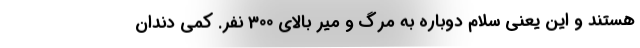
هستند و این یعنی سلام دوباره به مرگ و میر بالای 300 نفر. کمی دندان